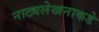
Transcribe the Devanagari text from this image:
नाट्यलेखनाकडे